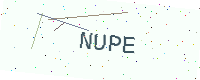
Text: NUPE